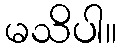
မသိပါ။